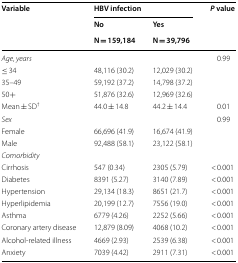
<table><thead><tr><td rowspan="3"><b>Variable</b></td><td colspan="2"><b>HBV infection</b></td><td rowspan="3"><b><i>P</i> value</b></td></tr><tr><td><b>No</b></td><td><b>Yes</b></td></tr><tr><td><b>N = 159,184</b></td><td><b>N = 39,796</b></td></tr></thead><tbody><tr><td colspan="3"><i>Age, years</i></td><td>0.99</td></tr><tr><td>≤ 34</td><td>48,116 (30.2)</td><td>12,029 (30.2)</td><td></td></tr><tr><td>35–49</td><td>59,192 (37.2)</td><td>14,798 (37.2)</td><td></td></tr><tr><td>50+</td><td>51,876 (32.6)</td><td>12,969 (32.6)</td><td></td></tr><tr><td>Mean ± SD<sup>†</sup></td><td>44.0 ± 14.8</td><td>44.2 ± 14.4</td><td>0.01</td></tr><tr><td colspan="3"><i>Sex</i></td><td>0.99</td></tr><tr><td>Female</td><td>66,696 (41.9)</td><td>16,674 (41.9)</td><td></td></tr><tr><td>Male</td><td>92,488 (58.1)</td><td>23,122 (58.1)</td><td></td></tr><tr><td colspan="4"><i>Comorbidity</i></td></tr><tr><td>Cirrhosis</td><td>547 (0.34)</td><td>2305 (5.79)</td><td>&lt; 0.001</td></tr><tr><td>Diabetes</td><td>8391 (5.27)</td><td>3140 (7.89)</td><td>&lt; 0.001</td></tr><tr><td>Hypertension</td><td>29,134 (18.3)</td><td>8651 (21.7)</td><td>&lt; 0.001</td></tr><tr><td>Hyperlipidemia</td><td>20,199 (12.7)</td><td>7556 (19.0)</td><td>&lt; 0.001</td></tr><tr><td>Asthma</td><td>6779 (4.26)</td><td>2252 (5.66)</td><td>&lt; 0.001</td></tr><tr><td>Coronary artery disease</td><td>12,879 (8.09)</td><td>4068 (10.2)</td><td>&lt; 0.001</td></tr><tr><td>Alcohol-related illness</td><td>4669 (2.93)</td><td>2539 (6.38)</td><td>&lt; 0.001</td></tr><tr><td>Anxiety</td><td>7039 (4.42)</td><td>2911 (7.31)</td><td>&lt; 0.001</td></tr></tbody></table>